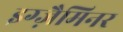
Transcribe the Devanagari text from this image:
इग्ज़ैमिनर